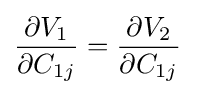
{\frac {\partial V_{1}}{\partial C_{1j}}}={\frac {\partial V_{2}}{\partial C_{1j}}}\;